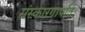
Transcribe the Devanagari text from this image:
संस्कारगापतिः